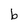
Character: b